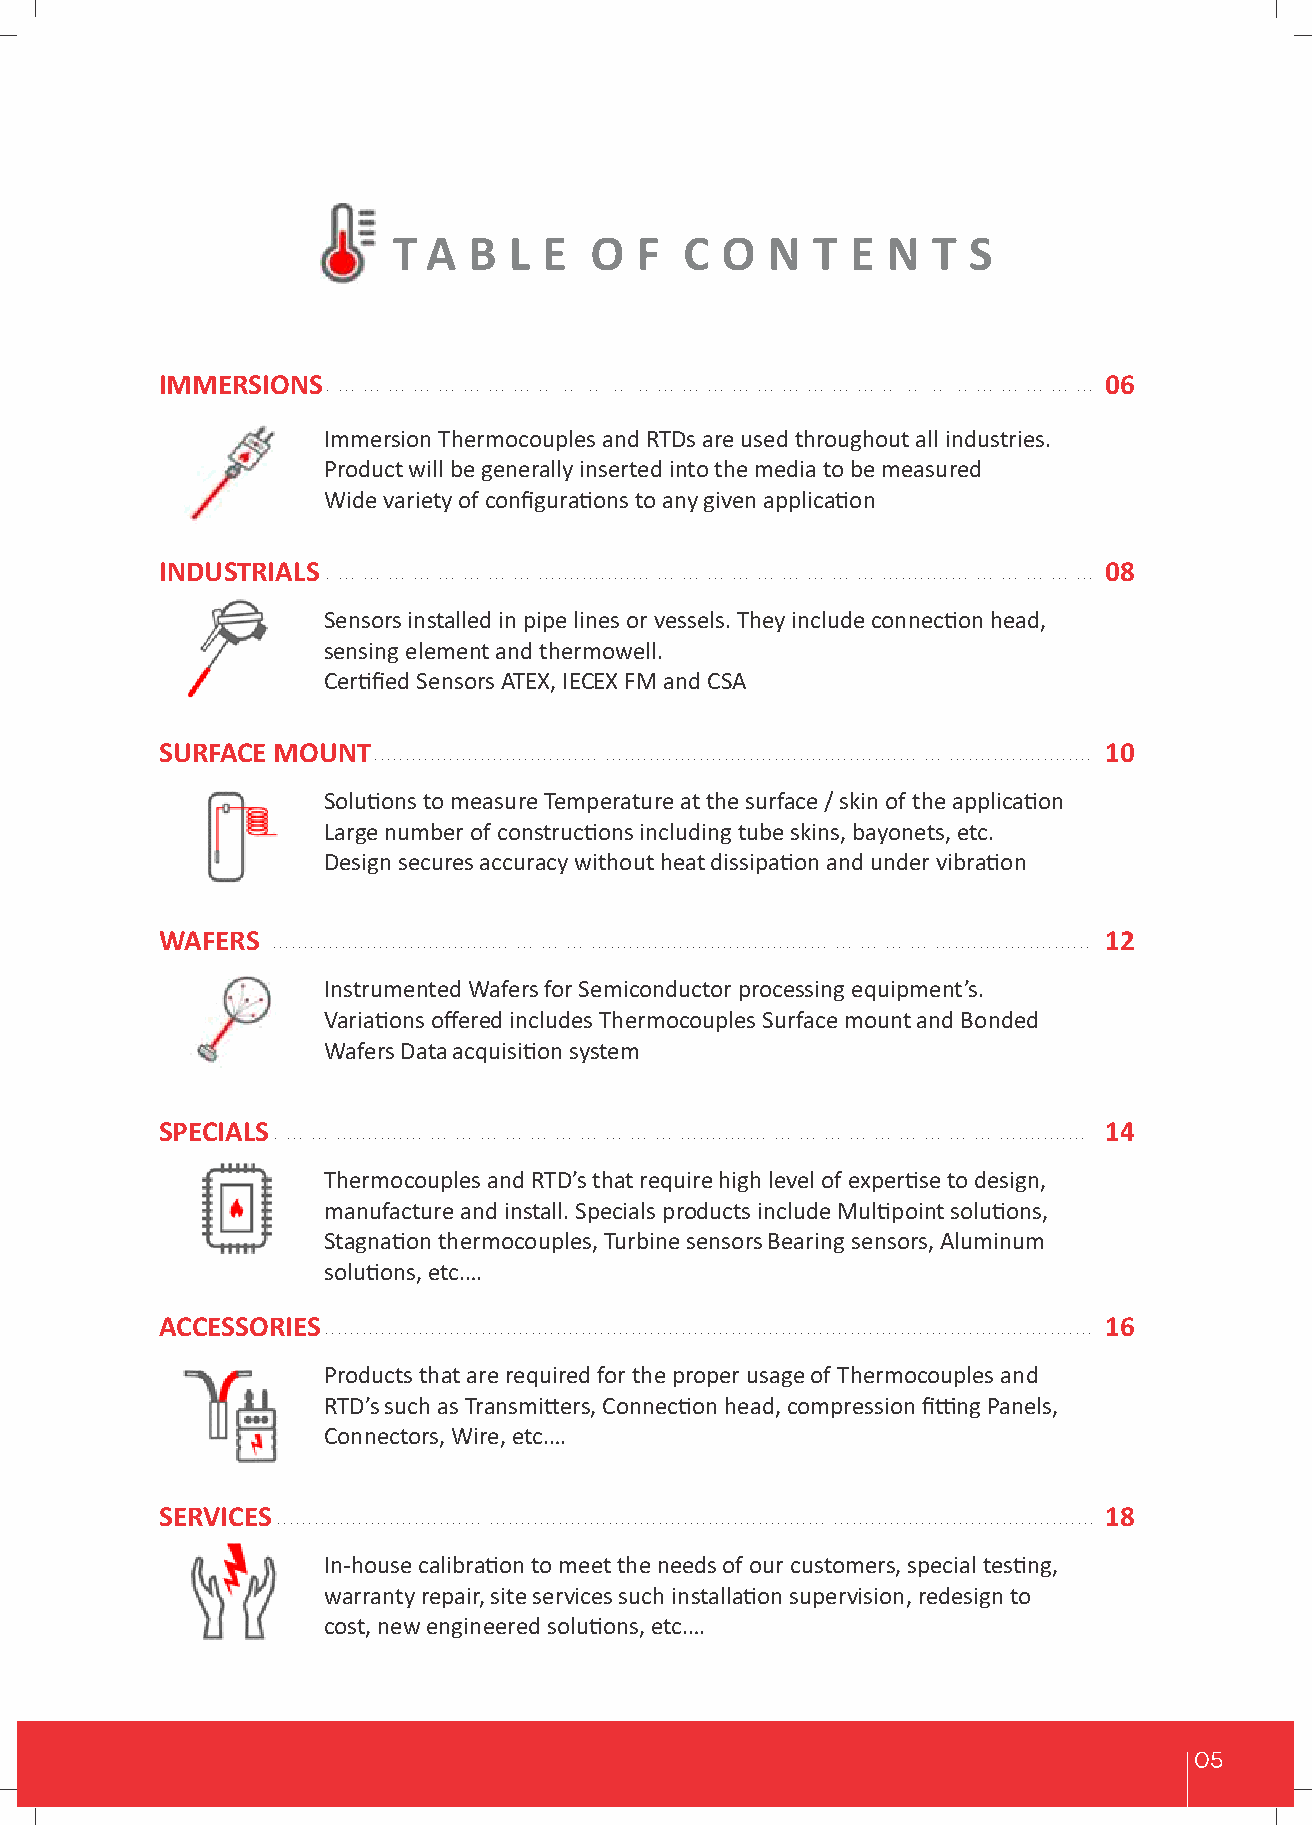
T A  B  L E  O  F  C  O  N  T E  N  T S
 IMMERSIONS                                                    06
 Immersion Thermocouples and RTDs are used throughout all industries.
 Product will be generally inserted into the media to be measured
 Wide variety of configuraons to any given applicaon
 INDUSTRIALS                                                   08
 Sensors installed in pipe lines or vessels. They include connecon head,
 sensing element and thermowell.
 Cerfied Sensors ATEX, IECEX FM and CSA
 SURFACE MOUNT                                                 10
 Soluons to measure Temperature at the surface / skin of the applicaon
 Large number of construcons including tube skins, bayonets, etc.
 Design secures accuracy without heat dissipaon and under vibraon
 WAFERS                                                        12
 Instrumented Wafers for Semiconductor processing equipment’s.
 Variaons offered includes Thermocouples Surface mount and Bonded
 Wafers Data acquision system
 SPECIALS                                                      14
 Thermocouples and RTD’s that require high level of experse to design,
 manufacture and install. Specials products include Mulpoint soluons,
 Stagnaon thermocouples, Turbine sensors Bearing sensors, Aluminum
 soluons, etc.…
 ACCESSORIES                                                   16
 Products that are required for the proper usage of Thermocouples and
 RTD’s such as Transmiers, Connecon head, compression fing Panels,
 Connectors, Wire, etc.…
 SERVICES                                                      18
 In-house calibraon to meet the needs of our customers, special tesng,
 warranty repair, site services such installaon supervision, redesign to
 cost, new engineered soluons, etc.…
 05